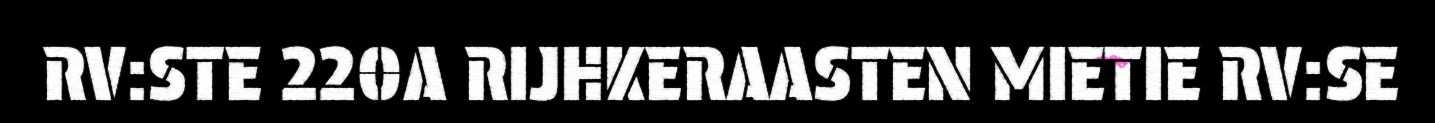
RV:STE 220A RIJHKERAASTEN MIETIE RV:SE